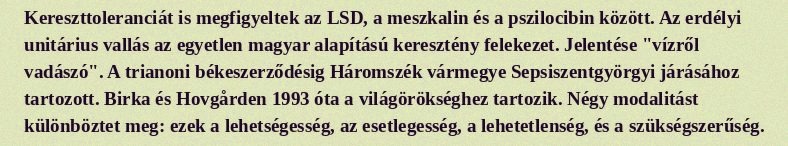
Kereszttoleranciát is megfigyeltek az LSD, a meszkalin és a pszilocibin között. Az erdélyi unitárius vallás az egyetlen magyar alapítású keresztény felekezet. Jelentése "vízről vadászó". A trianoni békeszerződésig Háromszék vármegye Sepsiszentgyörgyi járásához tartozott. Birka és Hovgården 1993 óta a világörökséghez tartozik. Négy modalitást különböztet meg: ezek a lehetségesség, az esetlegesség, a lehetetlenség, és a szükségszerűség.